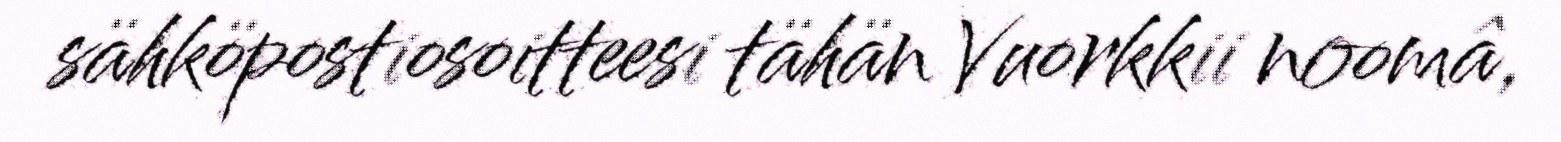
sähköpostiosoitteesi tähän Vuorkkii noomâ,